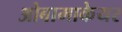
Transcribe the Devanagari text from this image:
ओबामाकेयर